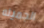
الجميله